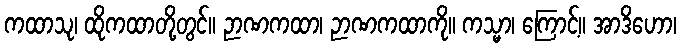
ကထာသု၊ ထိုကထာတို့တွင်။ ဉာဏကထာ၊ ဉာဏကထာကို။ ကသ္မာ၊ ကြောင့်။ အာဒိဟော၊